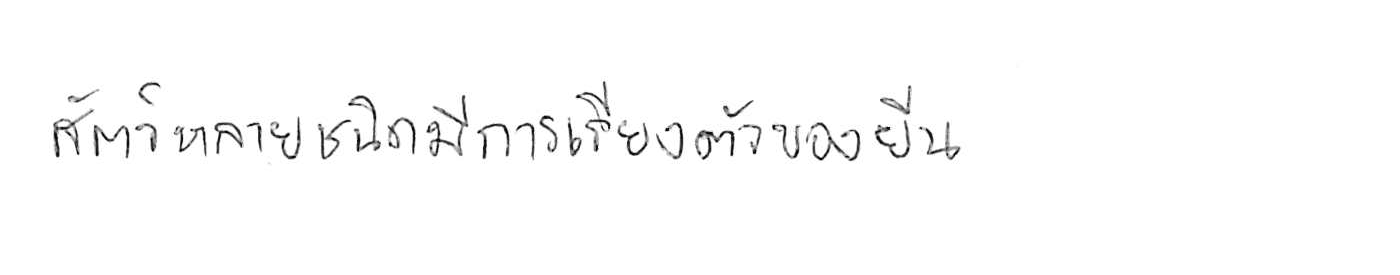
สัตว์หลายชนิดมีการเรียงตัวของยีน